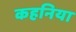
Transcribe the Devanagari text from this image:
कहनिया